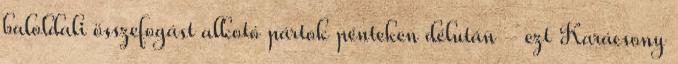
baloldali összefogást alkotó pártok pénteken délután - ezt Karácsony